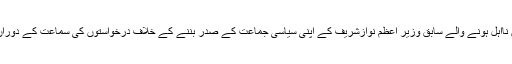
پاکستان کی سپریم کورٹ نے عدالتی فیصلے کے نتیجے میں نااہل ہونے والے سابق وزیر اعظم نوازشریف کے اپنی سیاسی جماعت کے صدر بننے کے خلاف درخواستوں کی سماعت کے دوران کہا ہے کہ پارلیمنٹ قانون سازی کا سب سے بڑا ادارہ ہے۔